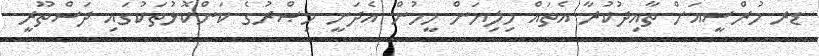
ޑރ މުރްސީއަށް ތާއިދުކުރާ އެތައް މިލިޔަން މީހުން އެދަނީ މިޞްރުގެ ކަންކޮޅުތަކުގައި ދަސްތޫރީ